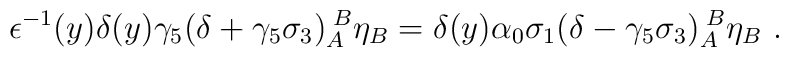
\epsilon^{-1}(y) \delta(y) \gamma_5(\delta+\gamma_5\sigma_3)_A^{\;B}\eta_B=\delta(y)\alpha_{0}\sigma_1(\delta-\gamma_{5}\sigma_3)_A^{\;B}\eta_B\ .